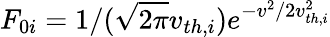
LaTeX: F_{0i}=1/(\sqrt{2\pi}v_{th,i})e^{-v^{2}/2v_{th,i}^{2}}